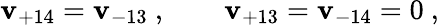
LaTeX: \mathbf{v}_{+14}=\mathbf{v}_{-13}\ ,\qquad\mathbf{v}_{+13}=\mathbf{v}_{-14}=0\ ,